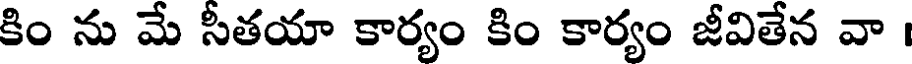
కిం ను మే సీతయా కార్యం కిం కార్యం జీవితేన వా